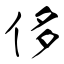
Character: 侈